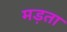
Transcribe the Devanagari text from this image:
मड़ता